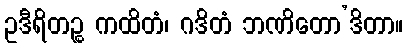
ဥဒီရိတဉ္စ ကထိတံ၊ ဂဒိတံ ဘဏိတော’ဒိတာ။